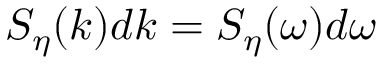
S _ { \eta } ( k ) d k = S _ { \eta } ( \omega ) d \omega